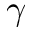
\gamma